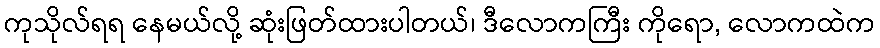
ကုသိုလ်ရရ နေမယ်လို့ ဆုံးဖြတ်ထားပါတယ်၊ ဒီလောကကြီး ကိုရော, လောကထဲက